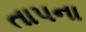
તાપના